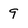
Character: 9